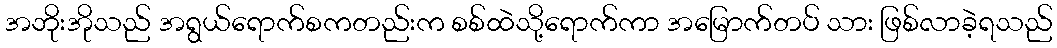
အဘိုးအိုသည် အရွယ်ရောက်စကတည်းက စစ်ထဲသို့ရောက်ကာ အမြောက်တပ် သား ဖြစ်လာခဲ့ရသည်